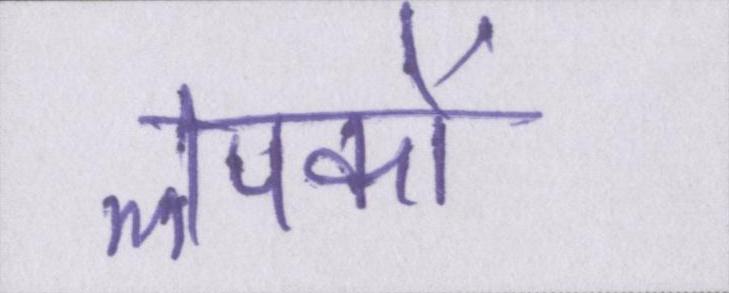
लपकाें